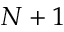
N + 1